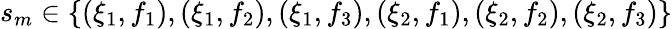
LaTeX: s_{m}\in\{ (\xi_{1},f_{1}),(\xi_{1},f_{2}),(\xi_{1},f_{3}),(\xi_{2},f_{1}),(\xi_{2},f_{2}),(\xi_{2},f_{3})\}